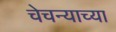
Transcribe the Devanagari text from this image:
चेचन्याच्या